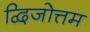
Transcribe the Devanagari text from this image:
द्विजोत्तम